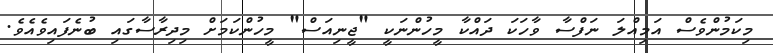
މިކަމުންވެސް އަމިއްލަ ނަފްސާ ވާހަކަ ދައްކާ މީހުންނަކީ "ޖީނިއަސް" މީހުންކަމަށް މިދިރާސާގައި ބުނެފައިވެއެވެ.